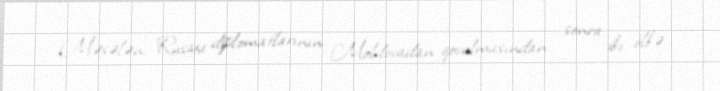
Məsələn, Rusiya diplomatlarının Moldovadan qovulmasından sonra iki ölkə